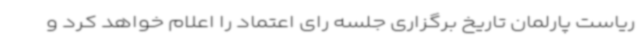
ریاست پارلمان تاریخ برگزاری جلسه رای اعتماد را اعلام خواهد کرد و